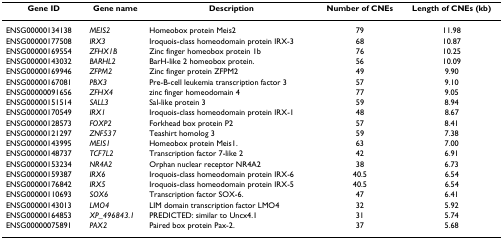
| Gene ID | Gene name | Description | Number of CNEs | Length of CNEs (kb) |
 | --- | --- | --- | --- | --- |
 | ENSG00000134138 | MEIS2 | Homeobox protein Meis2 | 79 | 11.98 |
 | ENSG00000177508 | IRX3 | Iroquois-class homeodomain protein IRX-3 | 68 | 10.87 |
 | ENSG00000169554 | ZFHX1B | Zinc finger homeobox protein 1b | 76 | 10.25 |
 | ENSG00000143032 | BARHL2 | BarH-like 2 homeobox protein. | 56 | 10.09 |
 | ENSG00000169946 | ZFPM2 | Zinc finger protein ZFPM2 | 49 | 9.90 |
 | ENSG00000167081 | PBX3 | Pre-B-cell leukemia transcription factor 3 | 57 | 9.10 |
 | ENSG00000091656 | ZFHX4 | zinc finger homeodomain 4 | 77 | 9.05 |
 | ENSG00000151514 | SALL3 | Sal-like protein 3 | 59 | 8.94 |
 | ENSG00000170549 | IRX1 | Iroquois-class homeodomain protein IRX-1 | 48 | 8.67 |
 | ENSG00000128573 | FOXP2 | Forkhead box protein P2 | 57 | 8.41 |
 | ENSG00000121297 | ZNF537 | Teashirt homolog 3 | 59 | 7.38 |
 | ENSG00000143995 | MEIS1 | Homeobox protein Meis1. | 63 | 7.00 |
 | ENSG00000148737 | TCF7L2 | Transcription factor 7-like 2 | 42 | 6.91 |
 | ENSG00000153234 | NR4A2 | Orphan nuclear receptor NR4A2 | 38 | 6.73 |
 | ENSG00000159387 | IRX6 | Iroquois-class homeodomain protein IRX-6 | 40.5 | 6.54 |
 | ENSG00000176842 | IRX5 | Iroquois-class homeodomain protein IRX-5 | 40.5 | 6.54 |
 | ENSG00000110693 | SOX6 | Transcription factor SOX-6. | 47 | 6.41 |
 | ENSG00000143013 | LMO4 | LIM domain transcription factor LMO4 | 32 | 5.92 |
 | ENSG00000164853 | XP_496843.1 | PREDICTED: similar to Uncx4.1 | 31 | 5.74 |
 | ENSG00000075891 | PAX2 | Paired box protein Pax-2. | 37 | 5.68 |